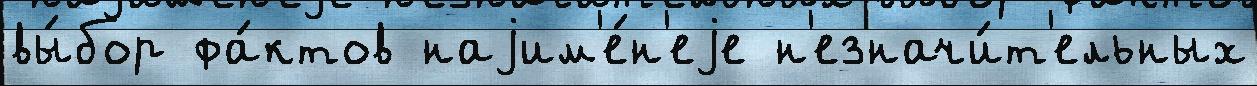
вы́бор фа́ктов наjим'е́н'еjе н'езначи́т'ельных